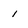
Character: i